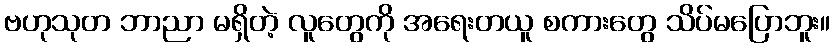
ဗဟုသုတ ဘာညာ မရှိတဲ့ လူတွေကို အရေးတယူ စကားတွေ သိပ်မပြောဘူး။